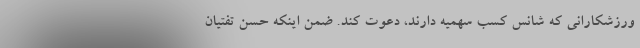
ورزشکارانی که شانس کسب سهمیه دارند، دعوت کند. ضمن اینکه حسن تفتیان